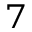
^ { 7 }